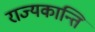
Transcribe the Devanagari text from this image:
राज्यकान्ति